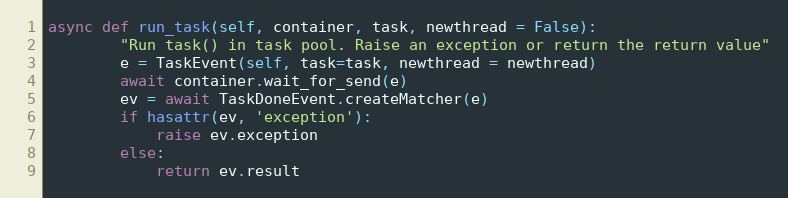
Language: Python
async def run_task(self, container, task, newthread = False):
        "Run task() in task pool. Raise an exception or return the return value"
        e = TaskEvent(self, task=task, newthread = newthread)
        await container.wait_for_send(e)
        ev = await TaskDoneEvent.createMatcher(e)
        if hasattr(ev, 'exception'):
            raise ev.exception
        else:
            return ev.result